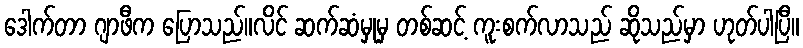
ဒေါက်တာ ဂျာဖီက ပြောသည်။လိင် ဆက်ဆံမှုမှ တစ်ဆင့် ကူးစက်လာသည် ဆိုသည်မှာ ဟုတ်ပါပြီ။